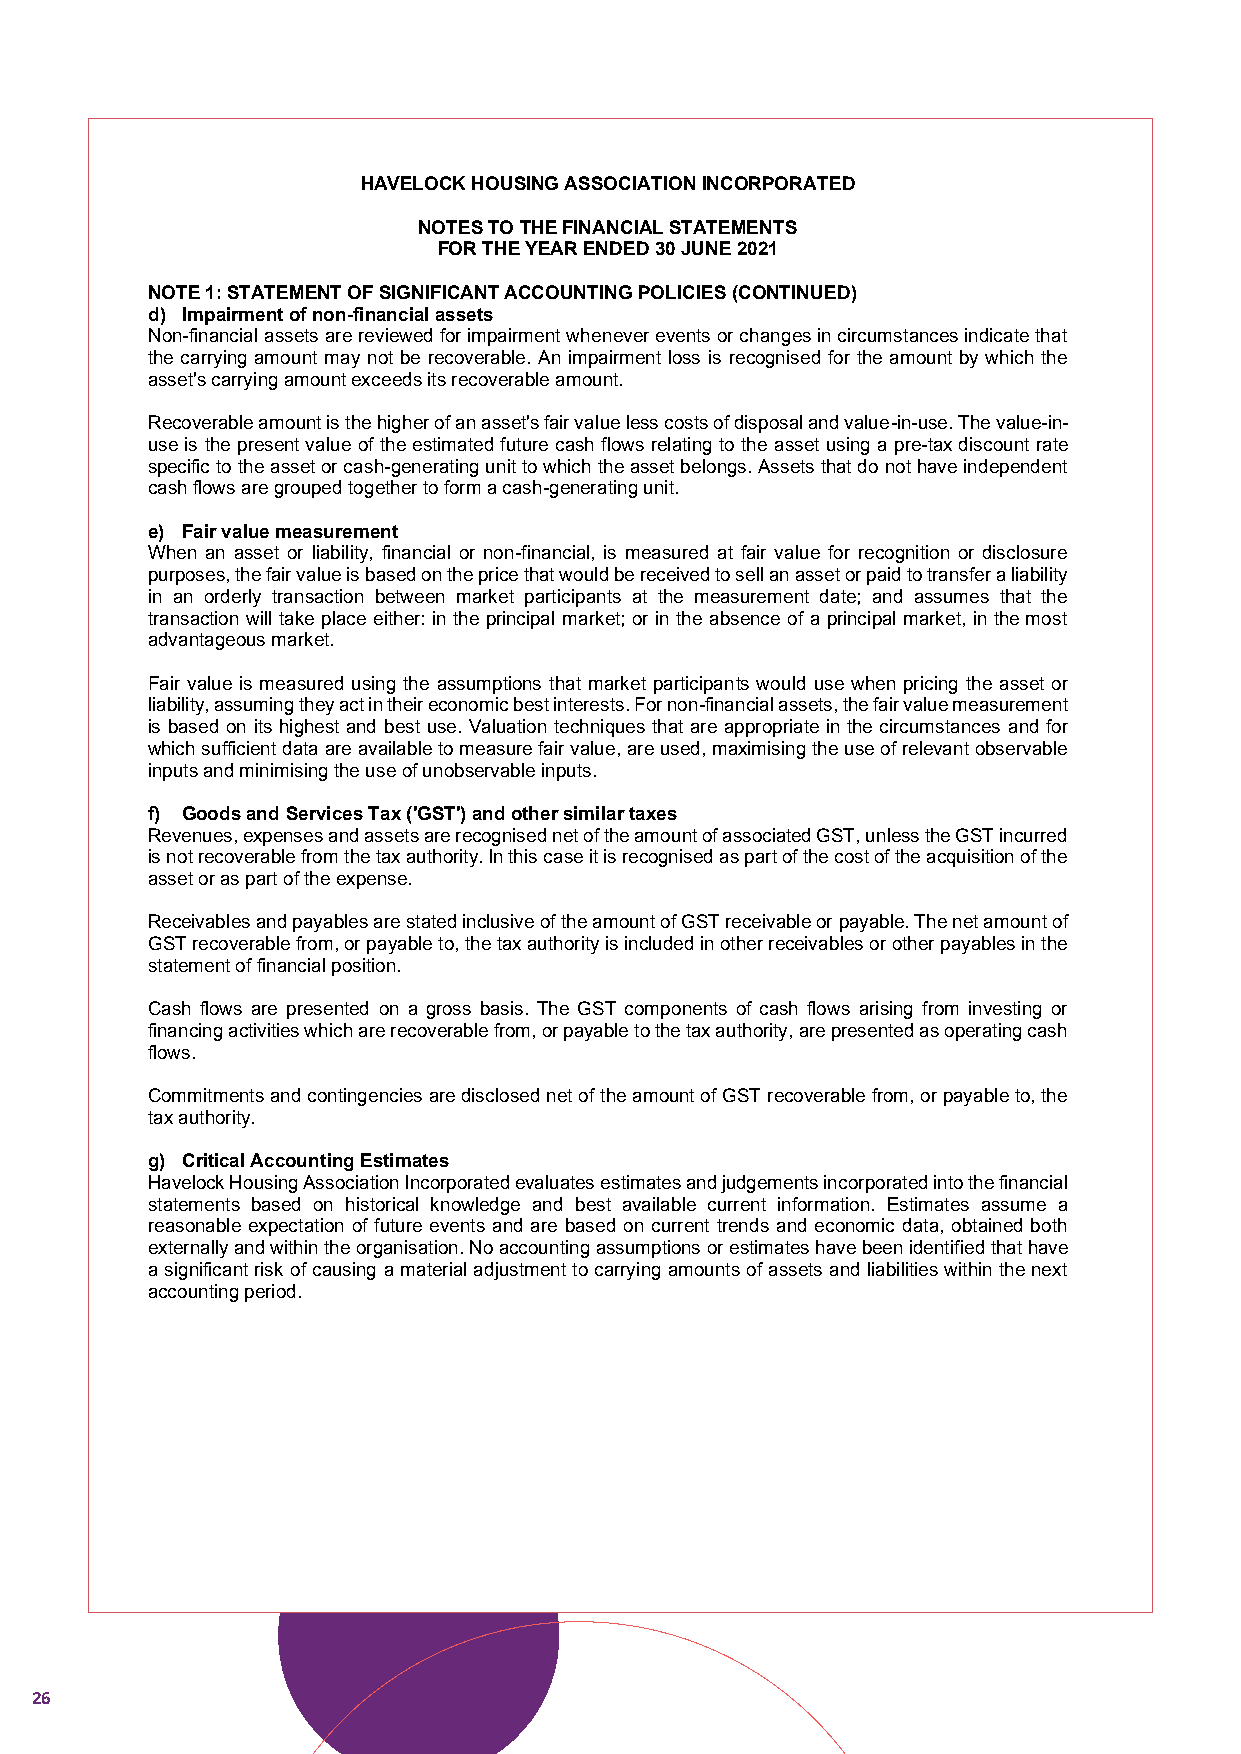
HAVELOCK HOUSING ASSOCIATIONINCORPORATED
 NOTES TO THE FINANCIAL STATEMENTS
 FOR THE YEAR ENDED30 JUNE 2021
 NOTE 1: STATEMENT OF SIGNIFICANT ACCOUNTING POLICIES(CONTINUED)
 d) Impairment of non-financial assets
 Non-financial assets are reviewed for impairment whenever events or changes in circumstances indicate that
 the carrying amount may not be recoverable. An impairment loss is recognised for the amount by which the
 asset's carrying amount exceeds its recoverable amount.
 Recoverable amount is the higher of an asset's fair value less costs of disposal and value-in-use. The value-in-
 use is the present value of the estimated future cash flows relating to the asset using a pre-tax discount rate
 specific to the asset or cash-generating unit to which the asset belongs. Assets that do not have independent
 cash flows are grouped together to form a cash-generating unit.
 e) Fair value measurement
 When an asset or liability, financial or non-financial, is measured at fair value for recognition or disclosure
 purposes, the fair value is based on the price that would be received to sell an asset or paid to transfer a liability
 in an orderly transaction between market participants at the measurement date; and assumes that the
 transaction will take place either: in the principal market; or in the absence of a principal market, in the most
 advantageous market.
 Fair value is measured using the assumptions that market participants would use when pricing the asset or
 liability, assuming they act in their economic best interests. For non-financial assets, the fair value measurement
 is based on its highest and best use. Valuation techniques that are appropriate in the circumstances and for
 which sufficient data are available to measure fair value, are used, maximising the use of relevant observable
 inputs and minimising the use of unobservable inputs.
 f) Goods and Services Tax ('GST') and other similar taxes
 Revenues, expenses and assets are recognised net of the amount of associated GST, unless the GST incurred
 is not recoverable from the tax authority. In this case it is recognised as part of the cost of the acquisition of the
 asset or as part of the expense.
 Receivables and payables are stated inclusive of the amount of GST receivable or payable. The net amount of
 GST recoverable from, or payable to, the tax authority is included in other receivables or other payables in the
 statement of financial position.
 Cash flows are presented on a gross basis. The GST components of cash flows arising from investing or
 financing activities which are recoverable from, or payable to the tax authority, are presented as operating cash
 flows.
 Commitments and contingencies are disclosed net of the amount of GST recoverable from, or payable to, the
 tax authority.
 g) Critical Accounting Estimates
 Havelock Housing Association Incorporatedevaluates estimates and judgements incorporated into the financial
 statements based on historical knowledge and best available current information. Estimates assume a
 reasonable expectation of future events and are based on current trends and economic data, obtained both
 externally and within the organisation. No accounting assumptions or estimates have been identified that have
 a significant risk of causing a material adjustment to carrying amounts of assets and liabilities within the next
 accounting period.
 10
 26